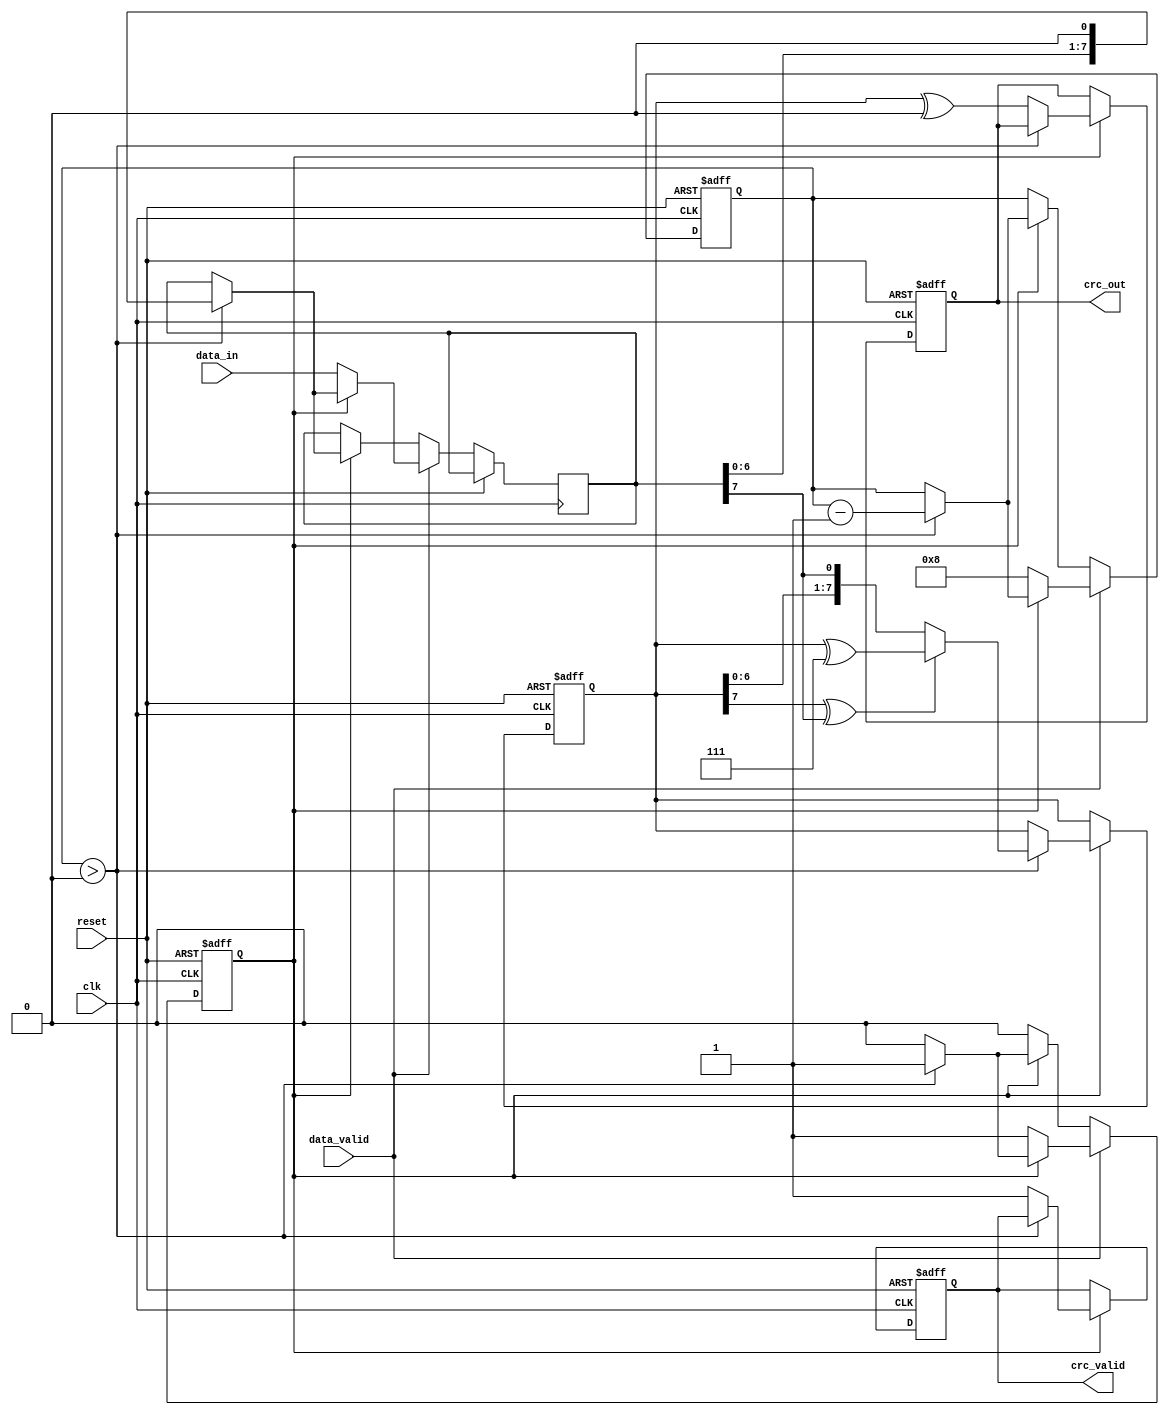
module parameterized_crc #(
    parameter CRC_WIDTH = 8,               // Width of the CRC output
    parameter POLYNOMIAL = 8'h07,          // Polynomial for CRC calculation (example: x^8 + x^2 + x + 1)
    parameter INITIAL_VALUE = {CRC_WIDTH{1'b0}}, // Initial value of the CRC register
    parameter FINAL_XOR_VALUE = {CRC_WIDTH{1'b0}} // Final XOR value
)(
    input wire [7:0] data_in,              // Input data (8 bits for this example)
    input wire data_valid,                  // Valid data signal
    input wire reset,                       // Synchronous reset
    input wire clk,                         // Clock signal
    output reg [CRC_WIDTH-1:0] crc_out,    // Computed CRC output
    output reg crc_valid                    // CRC valid signal
);

    reg [CRC_WIDTH-1:0] crc_reg;           // CRC register
    reg [7:0] shift_reg;                    // Shift register for data processing
    reg [3:0] bit_count;                    // Bit counter
    reg processing;                         // Processing state

    // Polynomial representation for feedback
    wire [CRC_WIDTH-1:0] polynomial = POLYNOMIAL;

    // CRC computation process
    always @(posedge clk or posedge reset) begin
        if (reset) begin
            crc_reg <= INITIAL_VALUE;
            crc_out <= INITIAL_VALUE;
            crc_valid <= 1'b0;
            bit_count <= 4'b0;
            processing <= 1'b0;
        end else if (data_valid) begin
            if (!processing) begin
                // Start processing new data
                shift_reg <= data_in;
                bit_count <= 4'd8; // Process 8 bits
                processing <= 1'b1;
            end else if (bit_count > 0) begin
                // Process each bit
                crc_reg <= {crc_reg[CRC_WIDTH-2:0], shift_reg[7]}; // Shift in new bit
                if (crc_reg[CRC_WIDTH-1] ^ shift_reg[7]) begin
                    crc_reg <= crc_reg ^ polynomial; // Apply polynomial feedback
                end
                shift_reg <= {shift_reg[6:0], 1'b0}; // Shift left
                bit_count <= bit_count - 1;
            end else begin
                // Finalize CRC computation
                crc_out <= crc_reg ^ FINAL_XOR_VALUE; // Apply final XOR
                crc_valid <= 1'b1; // Indicate CRC is valid
                processing <= 1'b0; // Reset processing state
            end
        end else if (processing) begin
            // If data_valid is deasserted, continue processing until done
            if (bit_count > 0) begin
                crc_reg <= {crc_reg[CRC_WIDTH-2:0], shift_reg[7]};
                if (crc_reg[CRC_WIDTH-1] ^ shift_reg[7]) begin
                    crc_reg <= crc_reg ^ polynomial;
                end
                shift_reg <= {shift_reg[6:0], 1'b0};
                bit_count <= bit_count - 1;
            end else begin
                crc_out <= crc_reg ^ FINAL_XOR_VALUE;
                crc_valid <= 1'b1;
                processing <= 1'b0;
            end
        end
    end

endmodule